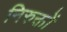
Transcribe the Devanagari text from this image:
निरुक्तों